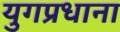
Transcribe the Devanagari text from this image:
युगप्रधाना